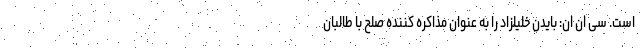
است. سی ان ان: بایدن خلیلزاد را به عنوان مذاکره کننده صلح با طالبان